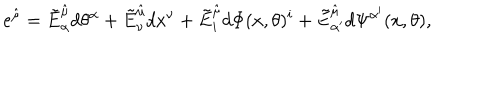
LaTeX: e ^ { \hat { \mu } } = \tilde { E } _ { \alpha } ^ { \hat { \mu } } d \theta ^ { \alpha } + \tilde { E } _ { \nu } ^ { \hat { \mu } } d x ^ { \nu } + \tilde { E } _ { i } ^ { \hat { \mu } } d \Phi ( x , \theta ) ^ { i } + \tilde { E } _ { \alpha ^ { \prime } } ^ { \hat { \mu } } d \Psi ^ { \alpha ^ { \prime } } ( x , \theta ) ,